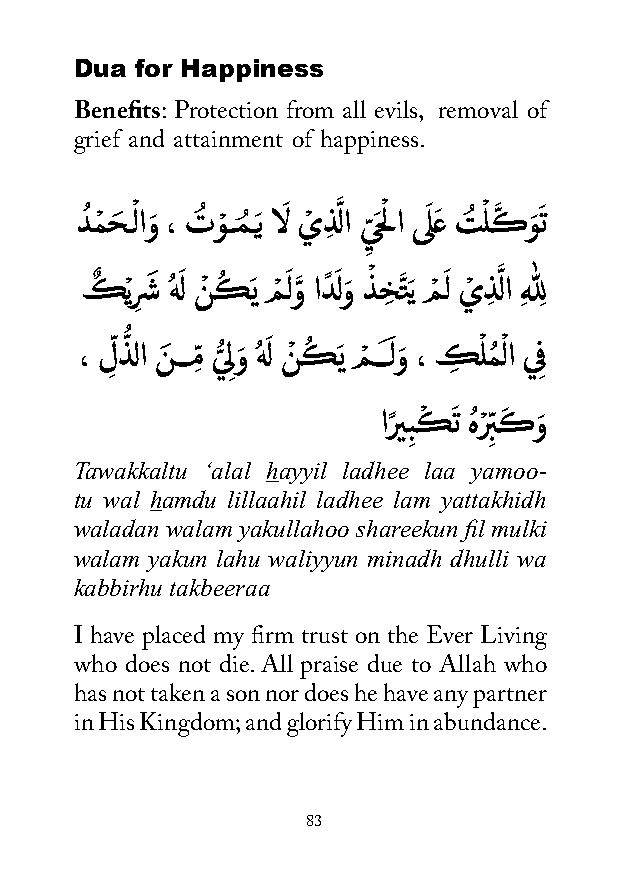
Dua for Happiness
 Benefits: Protection from all evils, removal of
 grief and attainment of happiness.
 دُ مْ حَ ـْ لاوَ ، تُ وْ ــمُ ـَي الَ يْ ذِ لَّ ا ي
 ّ
 َحلْ ا ىَ لعَ تُ لْ كَّ وَ َ ت
 ِ
 كٌ ْيرِ شَ هُ لَ نْ كُ َي مْ َ لوَّ ادً لَ وَ ذْ خِ تَّ َي مْ َ ل يْ ذِ لَّ ا ِهلِل
 ، لِّ ذُّ لا نَ ـــمِّ ي ُّ ل ِوَ هُ لَ نْ كُ َي مْ ـــَ لوَ ، كِ ْ لمُ ْ لا ي ِف
 ارً يبِ كْ َ ت هُرْ ِّبكَ وَ
 Tawakkaltu ‘alal hayyil ladhee laa yamoo-
 tu wal hamdu lillaahil ladhee lam yattakhidh
 waladan walam yakullahoo shareekun fil mulki
 walam yakun lahu waliyyun minadh dhulli wa
 kabbirhu takbeeraa
 I have placed my firm trust on the Ever Living
 who does not die. All praise due to Allah who
 has not taken a son nor does he have any partner
 in His Kingdom; and glorify Him in abundance.
 83